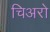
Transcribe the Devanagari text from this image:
चिअरो